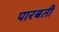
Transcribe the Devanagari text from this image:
पारबती